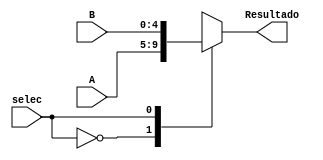
`timescale 1ns/1ns

module Mux2_1_5(
	input [4:0]A,
	input [4:0]B,
	input selec,
	output reg [4:0]Resultado
);

always @*
begin
	case(selec)
		1'b0:
		begin
		Resultado = A;
		end
		1'b1:
		begin
		Resultado = B;
		end
	endcase 
end
endmodule